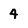
Character: 4